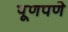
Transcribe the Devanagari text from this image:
पूणपणे